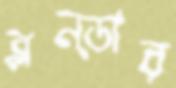
ব্লন্ডার